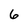
Character: 6